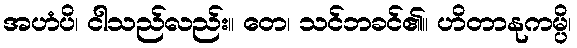
အဟံပိ၊ ငါသည်လည်း။ တေ၊ သင်ဘခင်၏။ ဟိတာနုကမ္ပိ၊